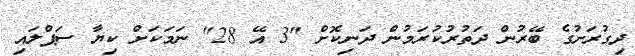
ދިގުރަށުގެ ބޭރުން ދަތުރުކުރަމުން ދަނިކޮށް "3 އޭ 28" ނަމަކަށް ކިޔާ ސަޕްލައި